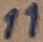
Text: 11